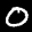
Label: 0